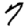
Digit: 7